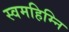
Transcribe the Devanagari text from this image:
स्वमहिम्नि